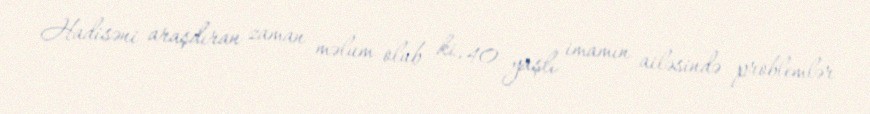
Hadisəni araşdıran zaman məlum olub ki, 40 yaşlı imamın ailəsində problemlər